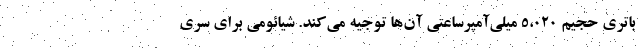
باتری حجیم ۵،۰۲۰ میلی‌آمپرساعتی آن‌ها توجیه می‌کند. شیائومی برای سری